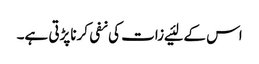
اس کے لئیے زات کی نفی کرناپڑتی ہے۔